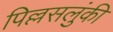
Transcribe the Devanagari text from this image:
पिल्लसलुंकी